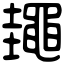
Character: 䵷